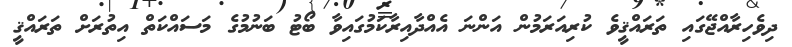
ދިވެހިރާއްޖޭގަައި ތަރައްޤީވެ ކުރިއަރަމުން އަންނަ އެއްދާއިރާކަމުގައިވާ ބޯޓު ބަނުމުގެ މަސައްކަތް އިތުރަށް ތަރައްޤީ